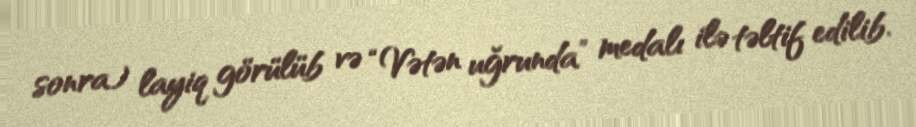
sonra) layiq görülüb və “Vətən uğrunda” medalı ilə təltif edilib.